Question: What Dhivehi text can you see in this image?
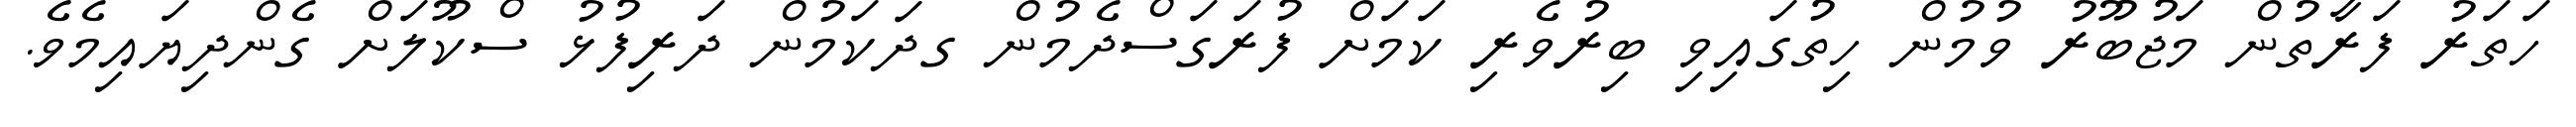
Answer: ހަތަރު ފަރާތުން މަޖުބޫރު ވުމުން ހިތުގައިވި ބިރުވެރި ކަމަށް ފުރަގަސްދެމުން ގދަކަމުން ދަރިފުޅު ސްކޫލަށް ގެންދިޔައިމެވެ.